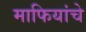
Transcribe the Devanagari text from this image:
माफियांचे